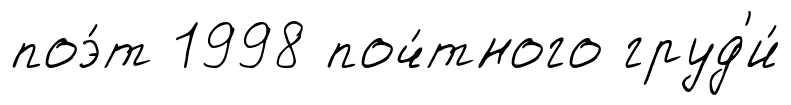
поэ́т 1998 поч́тного груд'и́